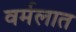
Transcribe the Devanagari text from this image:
वर्मलात